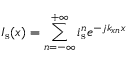
I _ { \mathrm { s } } ( x ) = \sum _ { n = - \infty } ^ { + \infty } i _ { \mathrm { s } } ^ { n } e ^ { - j k _ { x n } x }